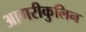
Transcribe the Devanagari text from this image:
आगरीकुलिन